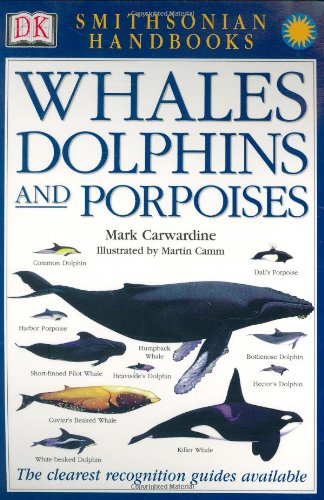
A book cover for Whales, Dolphins and Porpoises; Mark Carwardine; Science & Math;